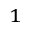
^ 1